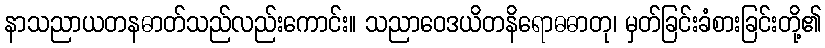
နာသညာယတနဓာတ်သည်လည်းကောင်း။ သညာဝေဒယိတနိရောဓဓာတု၊ မှတ်ခြင်းခံစားခြင်းတို့၏